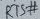
Text: RTS#